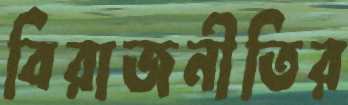
বিরাজনীতির